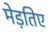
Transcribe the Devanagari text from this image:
मेड़तिए